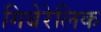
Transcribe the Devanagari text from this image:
गिबेरेलिक